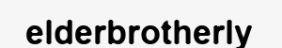
elderbrotherly